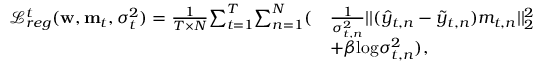
\begin{array} { r l } { \mathcal { L } _ { r e g } ^ { t } ( \mathbf { w } , \mathbf { m } _ { t } , \sigma _ { t } ^ { 2 } ) = \frac { 1 } { T \times N } { \sum _ { t = 1 } ^ { T } } { \sum _ { n = 1 } ^ { N } } ( } & { \frac { 1 } { \sigma _ { t , n } ^ { 2 } } | | ( \hat { y } _ { t , n } - \tilde { y } _ { t , n } ) m _ { t , n } | | _ { 2 } ^ { 2 } } \\ & { + \beta \mathrm { l o g } \sigma _ { t , n } ^ { 2 } ) , } \end{array}